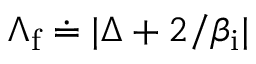
\Lambda _ { \mathrm { f } } \doteq | \Delta + 2 / \beta _ { \mathrm { i } } |